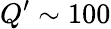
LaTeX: Q^{\prime}\sim 100